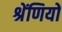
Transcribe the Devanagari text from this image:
श्रेंणियों